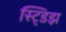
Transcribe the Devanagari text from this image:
स्ट्डिझ